Civil Veterinary Department Bihar reports 1940-50 - 1940-1950
Year: 1940
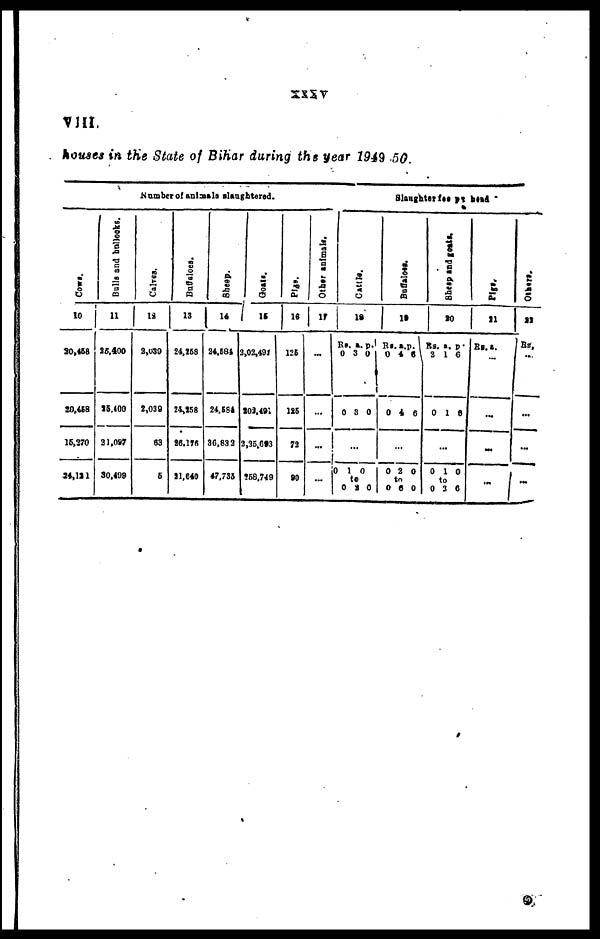
XXXV
VIII
houses in the State of Bihar during the year 1949 50.
Number of animals slaughtered.
Cows.
10
30,458
20,458
16,270
34,111
Bulls and bullooks.
11
25,400
35,400
21,097
30,499
Calves.
12
2,039
2,039
63
5
Buffaloes.
13
24,258
24,158
26,176
21,640
Sheep.
14
24,584
24,584
36,832
47,735
Goats.
15
2,02,491
202,491
2,25,693
568,749
Pigs.
16
125
125
72
90
Other animals.
17
...
...
...
...
Slaughter fee per head
Cattle.
18
Rs. a. p.
0 3 0
0 3 0
...
0 1 0
to
0 2 0
Buffaloes
19
Rs.a.p.
0 4
8
0 4 6
...
0 2 0
to
0 6 0
Sheep
and goats.
20
Rs. a. p.
2 1 6
0 1 6
...
0 1 0
to
0 2 6
Pigs.
21
RS. a.
...
...
...
...
Others.
22
Rs.
...
...
...
...